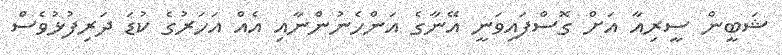
ޝަބީން ސީރިއާ އަށް ގޮސްފައިވަނީ އޭނާގެ އަންހެނުންނާއި އެއް އަހަރުގެ ކުޑަ ދަރިފުޅުވެސް